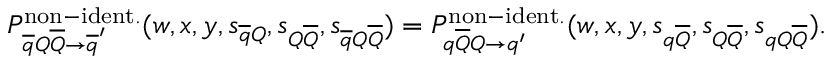
P _ { \overline { { { q } } } Q \overline { { { Q } } } \rightarrow \overline { { { q } } } ^ { \prime } } ^ { \mathrm { n o n - i d e n t . } } ( w , x , y , s _ { \overline { { { q } } } Q } , s _ { Q \overline { { { Q } } } } , s _ { \overline { { { q } } } Q \overline { { { Q } } } } ) = P _ { q \overline { { { Q } } } Q \rightarrow q ^ { \prime } } ^ { \mathrm { n o n - i d e n t . } } ( w , x , y , s _ { q \overline { { { Q } } } } , s _ { Q \overline { { { Q } } } } , s _ { q Q \overline { { { Q } } } } ) .